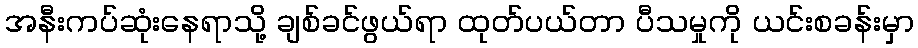
အနီးကပ်ဆုံးနေရာသို့ ချစ်ခင်ဖွယ်ရာ ထုတ်ပယ်တာ ပီသမှုကို ယင်းစခန်းမှာ